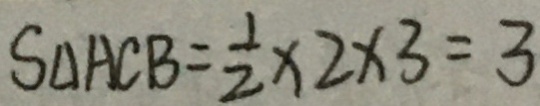
S _ { \Delta } A C B = \frac { 1 } { 2 } \times 2 \times 3 = 3